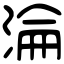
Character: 淪